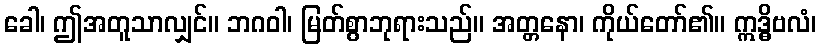
ခေါ၊ ဤအတူသာလျှင်။ ဘဂဝါ၊ မြတ်စွာဘုရားသည်။ အတ္တနော၊ ကိုယ်တော်၏။ ဣဒ္ဓိဗလံ၊